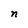
Character: n